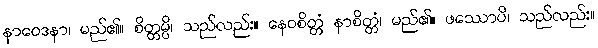
နာဝေဒနာ၊ မည်၏။ စိတ္တမ္ပိ၊ သည်လည်း။ နေဝစိတ္တံ နာစိတ္တံ၊ မည်၏။ ဖဿောပိ၊ သည်လည်း။